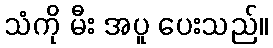
သံကို မီး အပူ ပေးသည်။